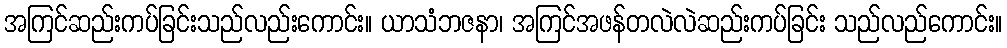
အကြင်ဆည်းကပ်ခြင်းသည်လည်းကောင်း။ ယာသံဘဇနာ၊ အကြင်အဖန်တလဲလဲဆည်းကပ်ခြင်း သည်လည်ကောင်း။